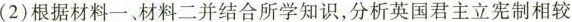
(2)根据材料一、材料二并结合所学知识，分析英国君主立宪制相较